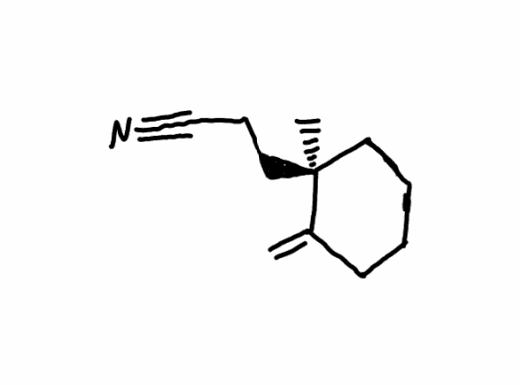
Simplified molecular-input line-entry system (SMILES) notation of the given molecule:
C[C@@]1(CCCCC1=C)CCC#N